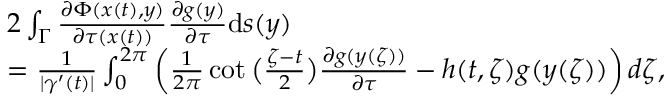
\begin{array} { r l } & { 2 \int _ { \Gamma } \frac { \partial \Phi ( x ( t ) , y ) } { \partial \tau ( x ( t ) ) } \frac { \partial g ( y ) } { \partial \tau } \mathrm { d } s ( y ) } \\ & { = \frac { 1 } { | \gamma ^ { \prime } ( t ) | } \int _ { 0 } ^ { 2 \pi } \left( \frac { 1 } { 2 \pi } \cot \big ( \frac { \zeta - t } { 2 } \big ) \frac { \partial g ( y ( \zeta ) ) } { \partial \tau } - h ( t , \zeta ) g ( y ( \zeta ) ) \right) d \zeta , } \end{array}